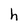
Character: h